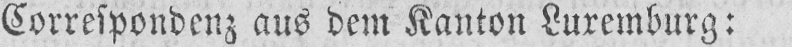
Correspondenz aus dem Kanton Luxemburg: